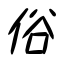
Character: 俗